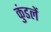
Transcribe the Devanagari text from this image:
कुंडलें